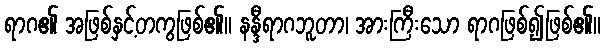
ရာဂ၏ အဖြစ်နှင့်တကွဖြစ်၏။ နန္ဒီရာဂဘူတာ၊ အားကြီးသော ရာဂဖြစ်၍ဖြစ်၏။